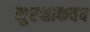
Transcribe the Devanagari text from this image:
सुरक्षाकवच